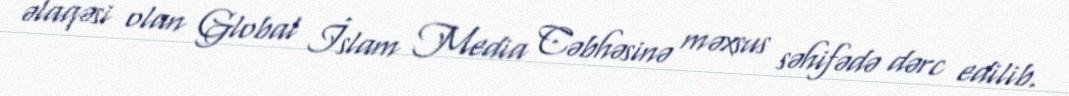
əlaqəsi olan Global İslam Media Cəbhəsinə məxsus səhifədə dərc edilib.